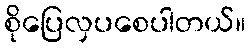
စိုပြေလှပစေပါတယ်။